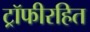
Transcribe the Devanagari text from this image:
ट्रॉफीरहित